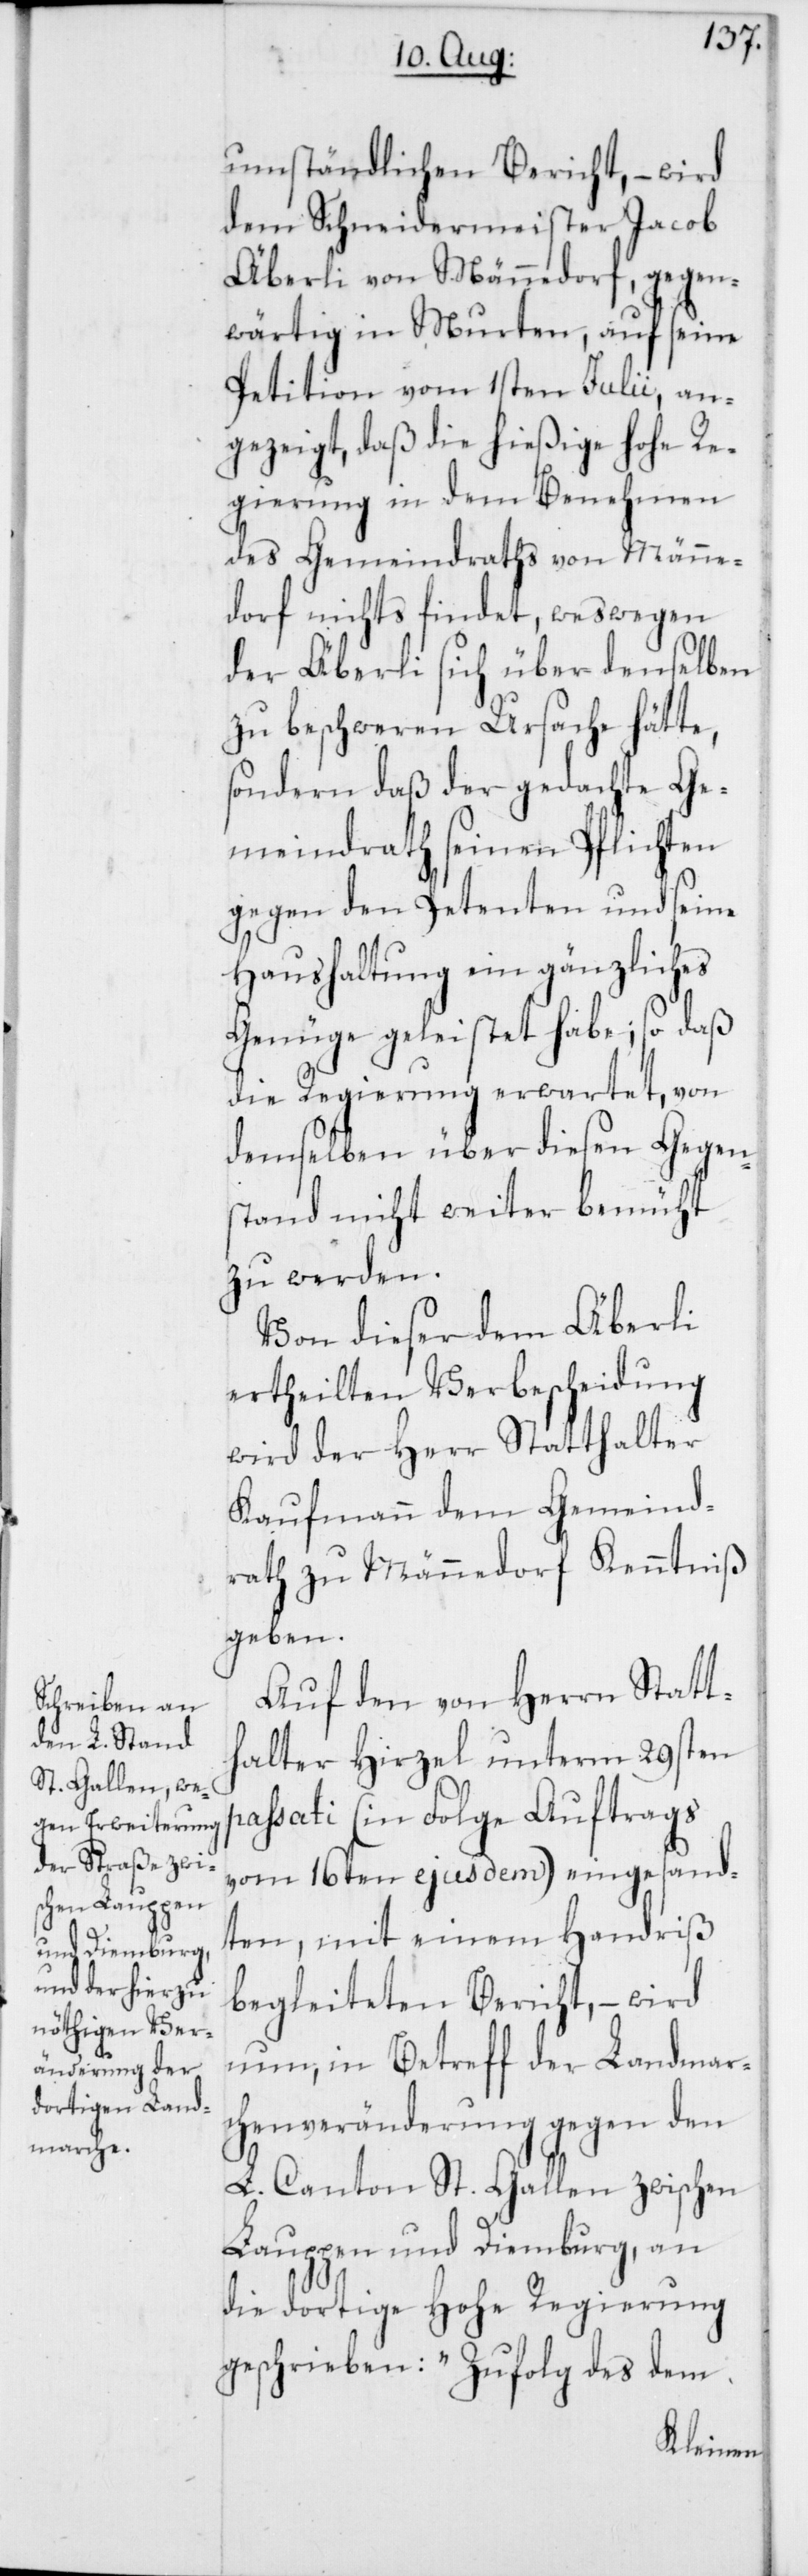
umständlichen Bericht, – wird
dem Schneidermeister Jacob
Äberli von Männedorf, gegen¬
wärtig in Murten, auf seine
Petition vom 1sten Julii, an¬
gezeigt, daß die hießige hohe Re¬
gierung in dem Benehmen
des Gemeindraths von Männe¬
dorf nichts findet, weswegen
der Äberli sich über denselben
zu beschweren Ursache hätte,
sondern daß der gedachte Ge¬
meindrath seinen Pflichten
gegen den Petenten und seine
Haushaltung ein gänzliches
Genüge geleistet habe; so daß
die Regierung erwartet, von
demselben über diesen Gegen¬
stand nicht weiter bemüht
zu werden.
Von dieser dem Äberli
ertheilten Verbescheidung
wird der Herr Statthalter
Kaufmann dem Gemeind¬
rath zu Männedorf Kenntniß
geben.
Auf den von Herrn Statt¬
halter Hirzel unterm 29sten
passati (in Folge Auftrags
vom 16ten ejusdem) eingesand¬
ten, mit einem Handriß
begleiteten Bericht, – wird
nun, in Betreff der Landmar¬
chenveränderung gegen den
L. Canton St. Gallen zwischen
Lauppen und Diemburg, an
die dortige Hohe Regierung
geschrieben: „Zufolg des dem